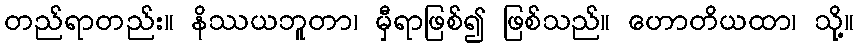
တည်ရာတည်း။ နိဿယဘူတာ၊ မှီရာဖြစ်၍ ဖြစ်သည်။ ဟောတိယထာ၊ သို့။